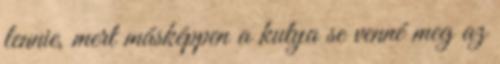
lennie, mert másképpen a kutya se venné meg az